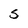
Character: S